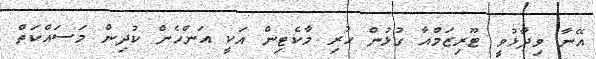
އޭނާ ވިދާޅުވީ ޓޫރިޒަމްއާ ގުޅުން ހުރި މާކެޓިން އަކީ އަންހެން ކުދިން މަސައްކަތް